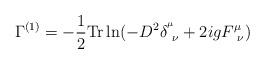
LaTeX: \begin{align*}\Gamma^{(1)}= -\frac{1}{2}{\rm Tr}\ln(-D^2\delta^{^\mu}_{~\nu}+2igF^\mu_{~\nu})\end{align*}